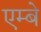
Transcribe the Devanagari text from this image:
एम्बे